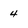
Character: 4